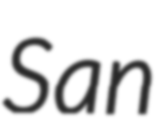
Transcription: San